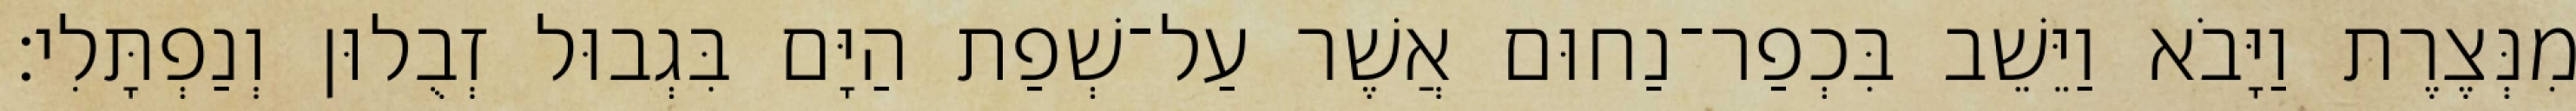
מִנְּצֶרֶת וַיָּבֹא וַיֵּשֵׁב בִּכְפַר־נַחוּם אֲשֶׁר עַל־שְׁפַת הַיָּם בִּגְבוּל זְבֻלוּן וְנַפְתָּלִי׃